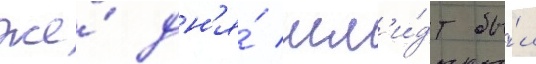
же́ дн'я́ шм'и́дт бы́л